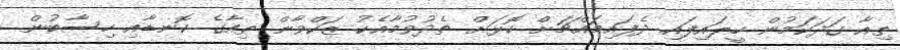
ތިއާ ގަދަކަމުން ހީލައިފައި ދެފައިމައްޗަށް ކޮޅަށް ތެދުވުމާއެކު ޒަކްވާން ތިއާގެ ކޮނޑާއި ހިސާބުން